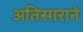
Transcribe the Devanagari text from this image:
अतिसाराने